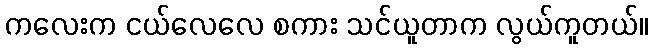
ကလေးက ငယ်လေလေ စကား သင်ယူတာက လွယ်ကူတယ်။